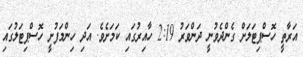
އަރާތީ ހޮސްޕިޓަލަށް ގެންދެވުނީ ދަންވަރު 2:19 ހާއިރުގައި ކަމަށެވެ. އަދި ހިންމަފުށީ ހޮސްޕިޓަލުގައި